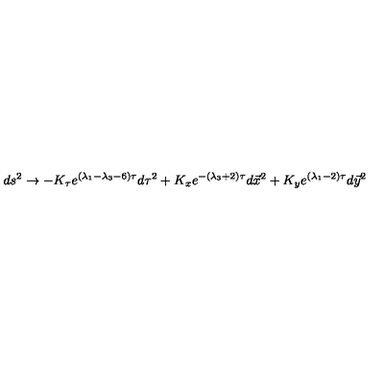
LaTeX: d s ^ { 2 } \rightarrow - K _ { \tau } e ^ { ( \lambda _ { 1 } - \lambda _ { 3 } - 6 ) \tau } d \tau ^ { 2 } + K _ { x } e ^ { - ( \lambda _ { 3 } + 2 ) \tau } d \vec { x } ^ { 2 } + K _ { y } e ^ { ( \lambda _ { 1 } - 2 ) \tau } d \vec { y } ^ { 2 }